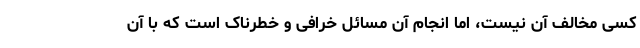
کسی مخالف آن نیست، اما انجام آن مسائل خرافی و خطرناک است که با آن